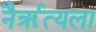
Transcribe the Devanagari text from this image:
नैर्ॠत्यला